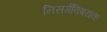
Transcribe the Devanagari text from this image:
निसर्गविषयक